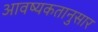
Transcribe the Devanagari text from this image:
आवष्यकतानुसार